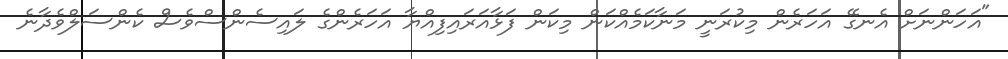
"އަހަންނަށް އެނގޭ އަހަރެން މިކުރަނީ މަނާކަމެއްކަން މިކަން ފަޅާއަރައިފިއްޔާ އަހަރެންގެ ލައިސެންސްވެސް ކެންސަލްވެދާނެ